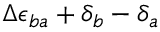
\Delta \epsilon _ { b a } + \delta _ { b } - \delta _ { a }